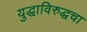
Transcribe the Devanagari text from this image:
युद्धाविरुद्धचा